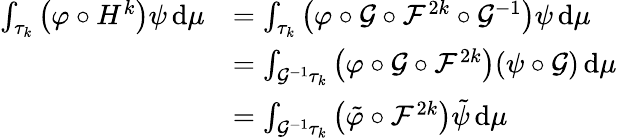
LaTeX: \begin{array}{rl}{\int_{\tau_{k}}\left(\varphi\circ H^{k}\right)\psi\, \mathrm{d}\mu}&{=\int_{\tau_{k}}\left(\varphi\circ\mathcal{G}\circ\mathcal{F}^{2k}\circ\mathcal{G}^{-1}\right)\psi\, \mathrm{d}\mu}\\ &{=\int_{\mathcal{G}^{-1}\tau_{k}}\left(\varphi\circ\mathcal{G}\circ\mathcal{F}^{2k}\right)(\psi\circ\mathcal{G})\, \mathrm{d}\mu}\\ &{=\int_{\mathcal{G}^{-1}\tau_{k}}\left(\tilde{\varphi}\circ\mathcal{F}^{2k}\right)\tilde{\psi}\, \mathrm{d}\mu}\end{array}